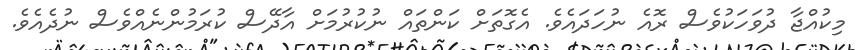
މިކުއްޖާ ދުވަހަކުވެސް ރޮއެ ނުހަދައެވެ. އެގޮތަށް ކަންތައް ނުކުރުމަށް އާދޭސް ކުރަމުންނެއްވެސް ނުދެއެވެ.